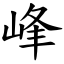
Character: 峰